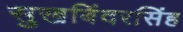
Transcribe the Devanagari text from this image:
सुखबिंदरसिंह